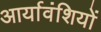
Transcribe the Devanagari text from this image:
आर्यावंशियों